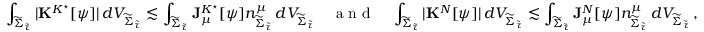
\int _ { { \widetilde { \Sigma } _ { \widetilde { \tau } } } } | \mathbf { K } ^ { K ^ { \star } } [ \psi ] | \, d V _ { { \widetilde { \Sigma } _ { \widetilde { \tau } } } } \lesssim \int _ { { \widetilde { \Sigma } _ { \widetilde { \tau } } } } \mathbf { J } _ { \mu } ^ { K ^ { \star } } [ \psi ] n _ { { \widetilde { \Sigma } _ { \widetilde { \tau } } } } ^ { \mu } \, d V _ { { \widetilde { \Sigma } _ { \widetilde { \tau } } } } \ \ \ \textrm { a n d } \ \ \ \int _ { { \widetilde { \Sigma } _ { \widetilde { \tau } } } } | \mathbf { K } ^ { N } [ \psi ] | \, d V _ { { \widetilde { \Sigma } _ { \widetilde { \tau } } } } \lesssim \int _ { { \widetilde { \Sigma } _ { \widetilde { \tau } } } } \mathbf { J } _ { \mu } ^ { N } [ \psi ] n _ { { \widetilde { \Sigma } _ { \widetilde { \tau } } } } ^ { \mu } \, d V _ { { \widetilde { \Sigma } _ { \widetilde { \tau } } } } \, ,